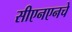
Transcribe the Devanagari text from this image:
सीएनएनचे